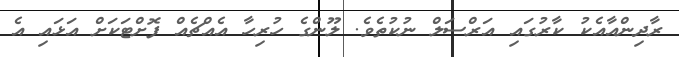
ރާދިންއާއެކު ކާރުގައި އަރްސަލް ނުކުތެވެ. ލޫންގެ ހުރިހާ އެއްޗެއް ފޮށްޓަކަށް އަޅައި އެ